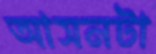
আসনটা